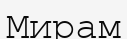
Мирам